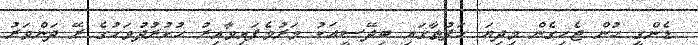
ޑެންގީ ހުން ޖެހިގެން މިދިޔަ ހަފުތާގައި ބިދޭސީއަކު މަރުވެފައިވާއިރު ހުކުރުދުވަހުގެ ރޭ ދަންވަރު